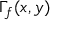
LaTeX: \Gamma _ { f } ( x , y )